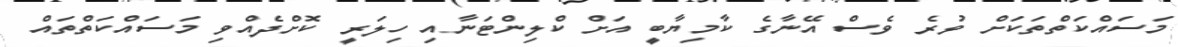
މަސައްކަތްތަކަށް ވުރެ ވެސް އޭނާގެ ކާމިޔާބީ އަށް ކްލިންޓަނާއި ހިލަރީ ކޮށްދެއްވި މަސައްކަތްތައް